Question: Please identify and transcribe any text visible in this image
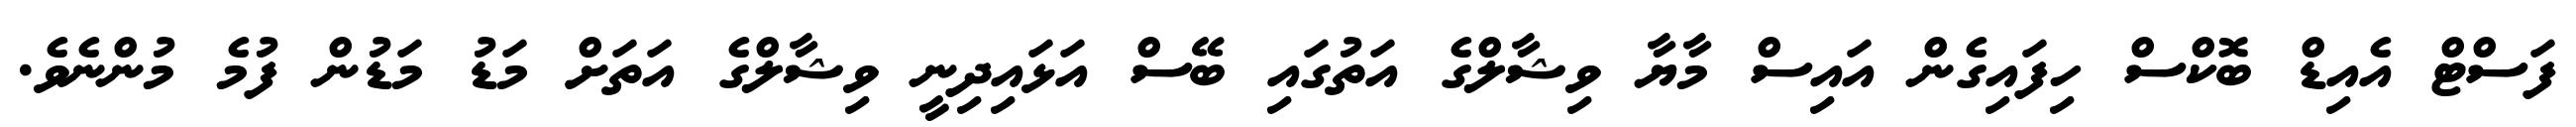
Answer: ފަސްޓް އެއިޑް ބޮކްސް ހިފައިގެން އައިސް މާޔާ ވިޝާލްގެ އަތުގައި ބޭސް އަޅައިދިނީ ވިޝާލްގެ އަތަށް މަޑު މަޑުން ފުމެ މުންނެވެ.